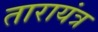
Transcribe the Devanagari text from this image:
तारायंत्र